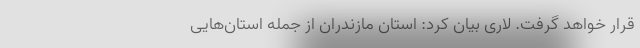
قرار خواهد گرفت. لاری بیان کرد: استان مازندران از جمله استان‌هایی